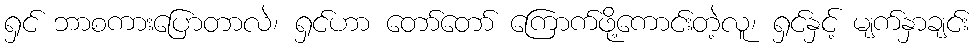
ရှင် ဘာစကားပြောတာလဲ၊ ရှင်ဟာ တော်တော် ကြောက်ဖို့ကောင်းတဲ့လူ၊ ရှင်နှင့် မျက်နှာချင်း